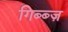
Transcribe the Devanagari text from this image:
गिब्ब्ज़